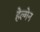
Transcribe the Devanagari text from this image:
हेल्गेन